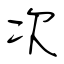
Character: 次